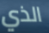
الذي